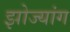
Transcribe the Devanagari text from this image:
झोज्यांग